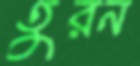
তুরন